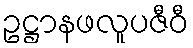
ဥဋ္ဌာနဖလူပဇီဝီ